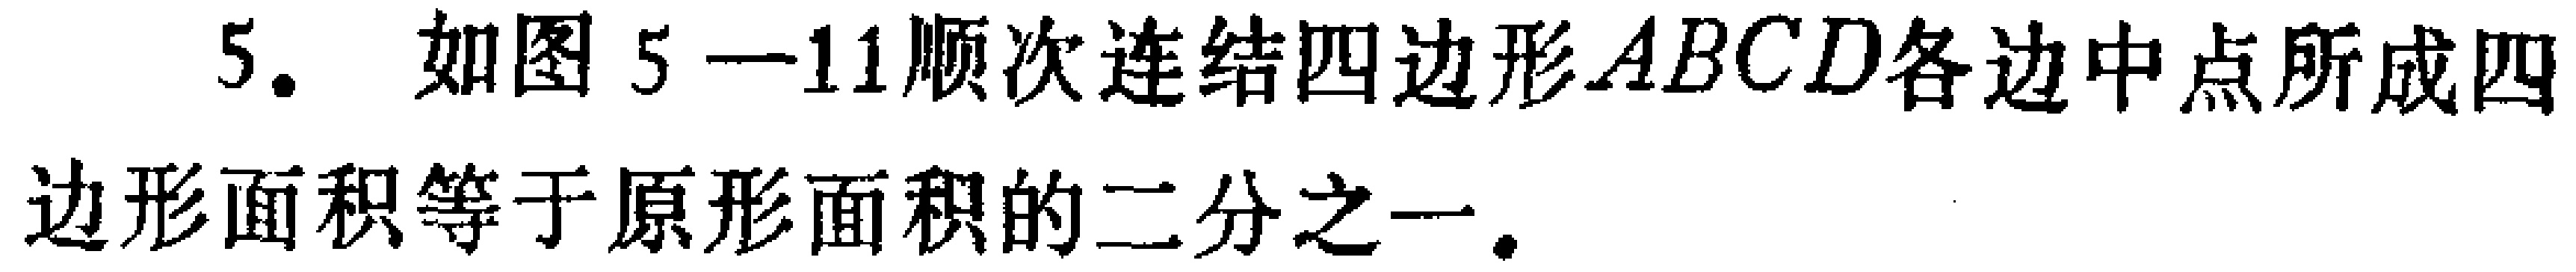
5. 如图5—11顺次连结四边形\(ABCD\)各边中点所成四边形面积等于原形面积的二分之一.